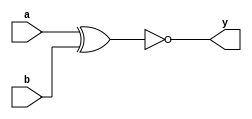
   module or_gate_primitive (
       input wire a,
       input wire b,
       output wire y
   );
       xnor (y, a, b);
   endmodule